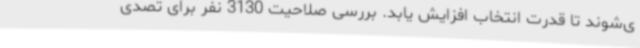
ی‌شوند تا قدرت انتخاب افزایش یابد. بررسی صلاحیت 3130 نفر برای تصدی